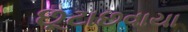
છૂટાછવાયા